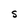
Character: S